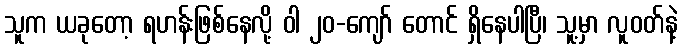
သူက ယခုတော့ ရဟန်းဖြစ်နေလို့ ဝါ ၂၀-ကျော် တောင် ရှိနေပါပြီ၊ သူ့မှာ လူဝတ်နဲ့